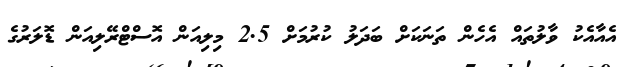
އެއާއެކު ވާލުތައް އެހެން ތަނަކަށް ބަދަލު ކުރުމަށް 2.5 މިލިއަން އޮސްޓްރޭލިއަން ޑޮލަރުގެ